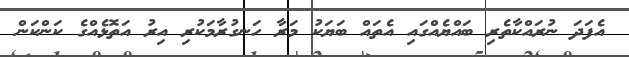
އެފަދަ ނުރައްކާތެރި ބައްޔެއްގައި އެތައް ބަޔަކު މަރާ ހަނގުރާމަކުރި އިރު އަތޮޅެއްގެ ކަންކަން